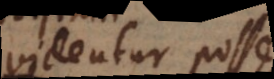
videtur esse